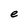
Character: e